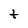
Character: t